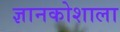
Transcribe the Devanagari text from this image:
ज्ञानकोशाला